Civil Veterinary Department. Madras. Admin. report 1926-33 - 1926-1933
Year: 1926
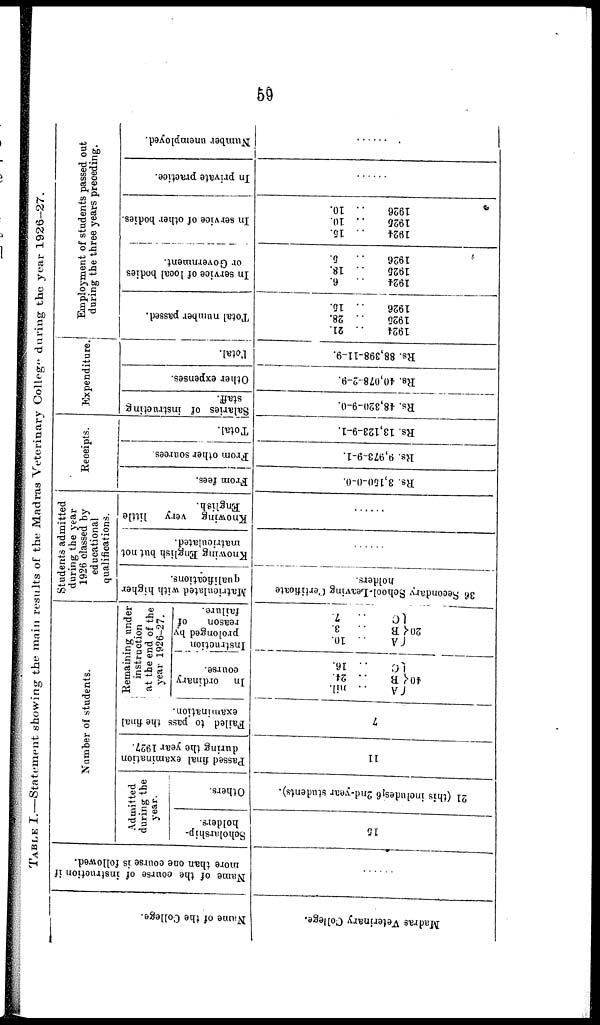
59
TABLE I.—Statement showing the main results of the Madras Veterinary College during the year 1926—27.
Name of the College.
Madras Veterinary College.
Name of the course of instruction if
more than one course is followed.
......
Number of students.
Admitted
during the
year.
Scholarship-
holders.
15
Others.
21 (this includes
6 2nd-year students).
Passed final examination
during the year 1927.
11
Failed to pass the final
examination.
7
Remaining under
instruction
at the end of the
year 1926-27.
In
ordinary
course.
A .. nil.
40 B .. 24.
C
.. 16.
Instruction
prolonged by
reason
of
failure.
A .. 10.
20 B ..
3.
C
..
7.
Students admitted
during the year
1926 classed by
educational
qualifications.
Matriculated with higher
qualifications.
36 Secondary School-Leaving Certificate
holders.
Knowing English but not
matriculated.
......
Knowing very
little
English.
......
Receipts.
From fees.
Rs. 3,150-0-0.
From other sources.
Rs. 9,973-9-1.
Total.
Rs. 13,123-9-1.
Expenditure.
Salaries of instructing
staff.
Rs. 48,320-9-0.
Other expenses.
Rs. 40,078-2-9.
Total.
Rs. 88,398-11-9.
Employment of students passed out
during the three years preceding.
Total number passed.
1924 .. 21.
1925
..
28.
1926 .. 15.
In service of local bodies
or Government.
1924 ..
6.
1925 .. 18.
1926 ..
5.
In service of other bodies.
1924 .. 15.
1926 .. 10.
1926 .. 10.
In private practice.
......
Number unemployed.
......